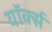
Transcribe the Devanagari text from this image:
यॉर्क्स